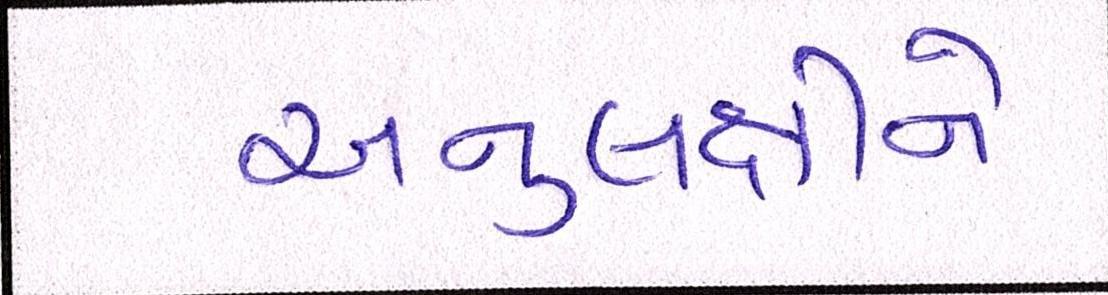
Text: અનુલક્ષીને